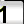
Digit: 1